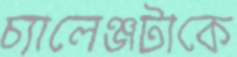
চ্যালেঞ্জটাকে